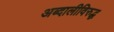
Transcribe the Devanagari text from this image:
अब्दालीविरुद्ध